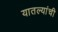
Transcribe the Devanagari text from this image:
यातल्यांची